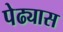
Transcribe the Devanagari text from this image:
पेढ्यास